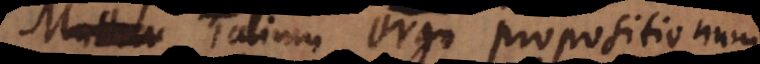
Mathem Talium ergo propositionum